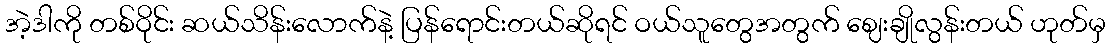
အဲ့ဒါကို တစ်ဝိုင်း ဆယ်သိန်းလောက်နဲ့ ပြန်ရောင်းတယ်ဆိုရင် ဝယ်သူတွေအတွက် ဈေးချိုလွန်းတယ် ဟုတ်မှ